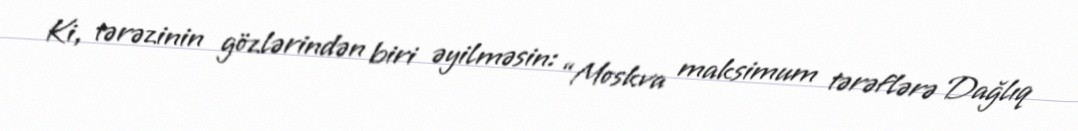
Ki, tərəzinin gözlərindən biri əyilməsin: “Moskva maksimum tərəflərə Dağlıq